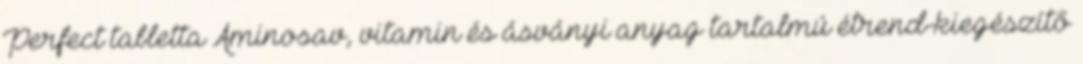
Perfect tabletta Aminosav, vitamin és ásványi anyag tartalmú étrend-kiegészítő